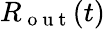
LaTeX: R_{\mathrm{~o~u~t~}}(t)